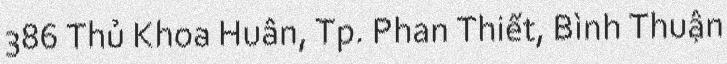
386 Thủ Khoa Huân, Tp. Phan Thiết, Bình Thuận